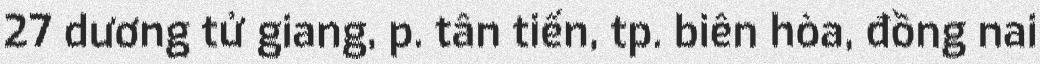
27 dương tử giang, p. tân tiến, tp. biên hòa, đồng nai